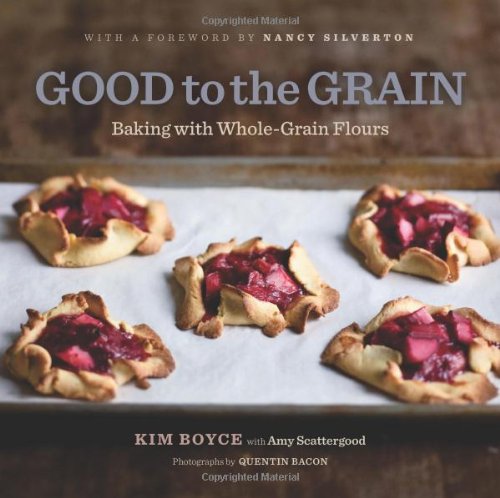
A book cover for Good to the Grain: Baking with Whole-Grain Flours; Kim Boyce; Cookbooks, Food & Wine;